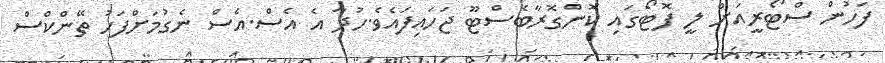
ފަހުން ސްޓޯރީއަށް ލީ ފޮޓޯގައި ކޮންގޮރާބެސްޓޫ ޖަހައިފައެވެ.ހުދާ އެ އެސް.އެސް ނެގުމަށްފަހު ތޭންކްސް